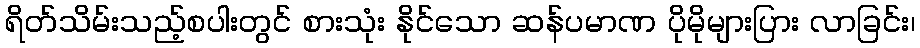
ရိတ်သိမ်းသည့်စပါးတွင် စားသုံး နိုင်သော ဆန်ပမာဏ ပိုမိုများပြား လာခြင်း၊